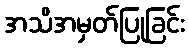
အသိအမှတ်ပြုခြင်း